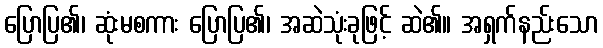
ပြောပြ၏၊ ဆုံးမစကား ပြောပြ၏၊ အဆဲသုံးခုဖြင့် ဆဲ၏။ အရှက်နည်းသော